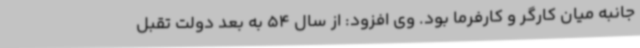
جانبه میان کارگر و کارفرما بود. وی افزود: از سال 54 به بعد دولت تقبل